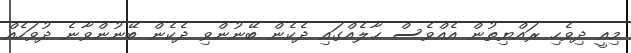
މިއީ ދިވެހި ރައްޔިތުން އެއްވެސް ޙާލެއްގައި ދެކެން ބޭނުންވި ދެކެން ބޭނުންވާނެ ދުވަހެއް